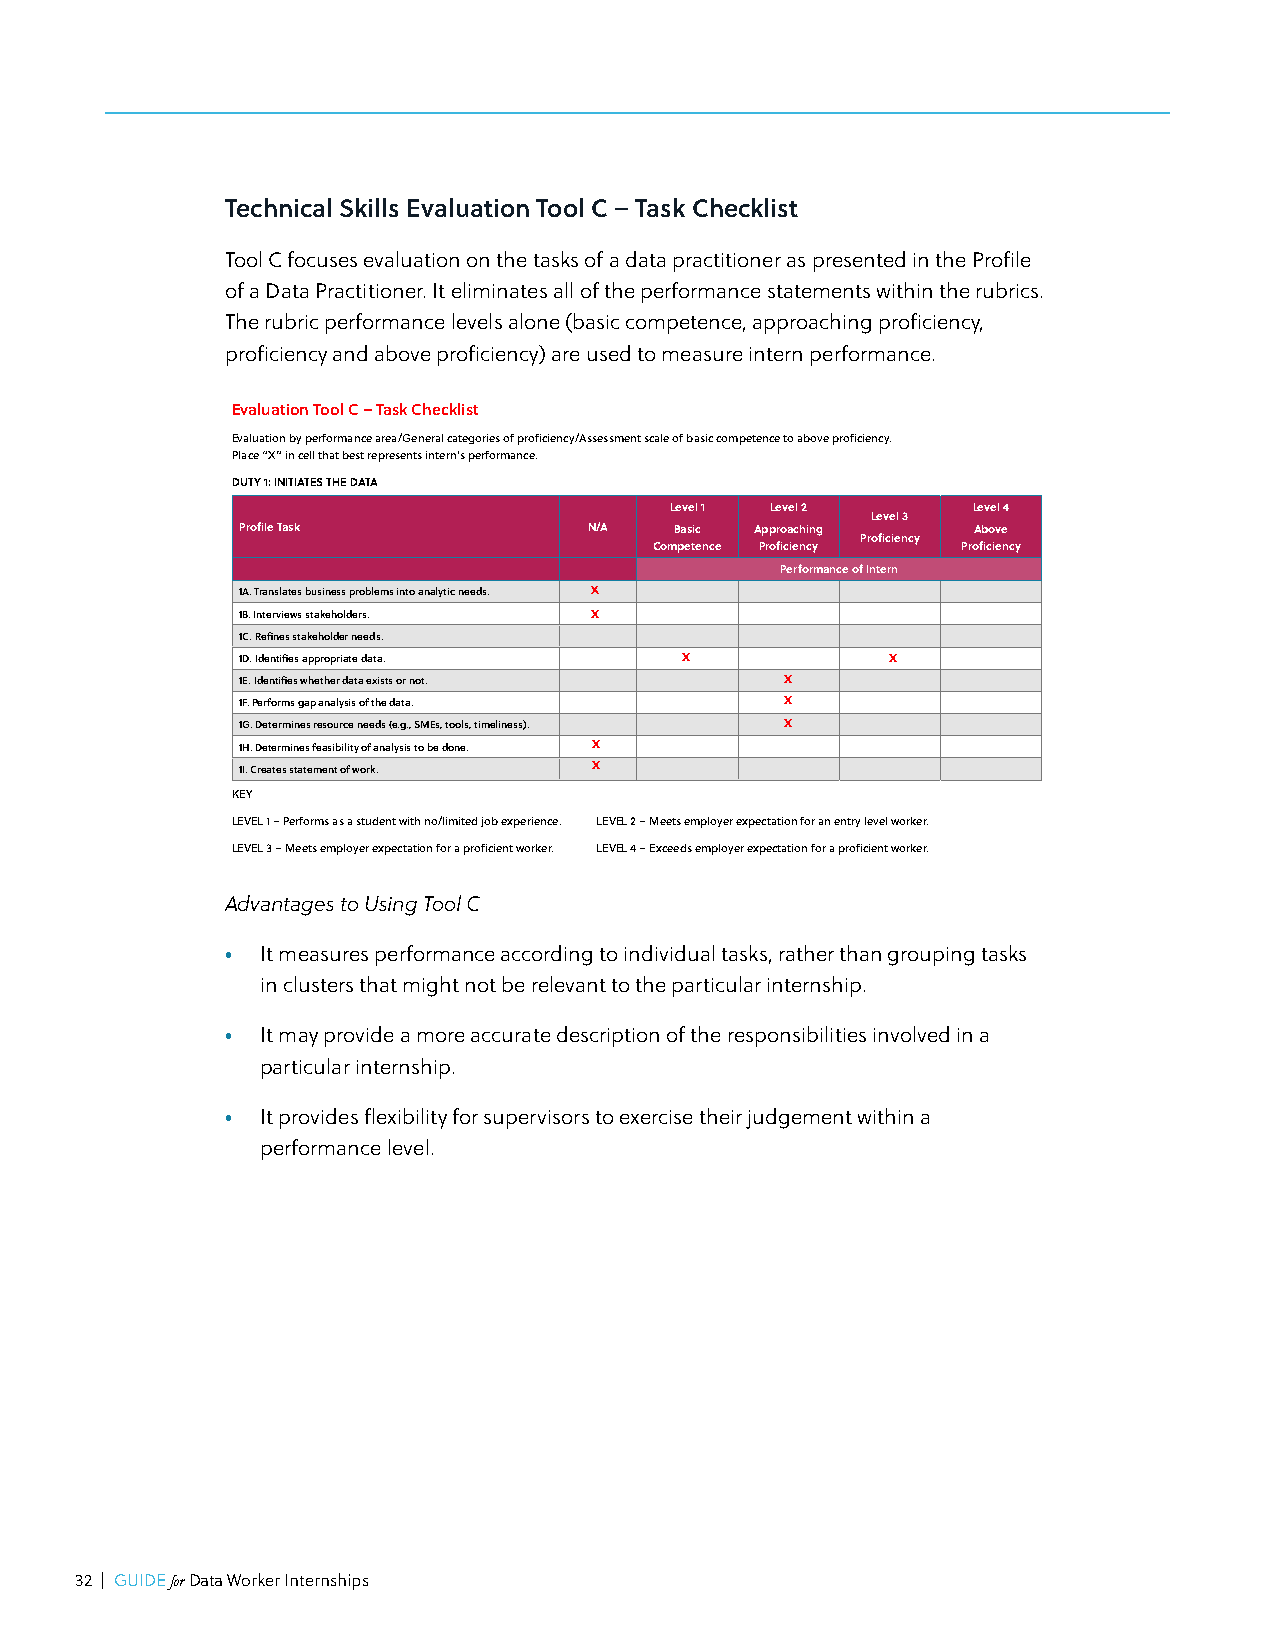
Technical Skills Evaluation Tool C – Task Checklist
 Tool C focuses evaluation on the tasks of a data practitioner as presented in the Profile
 of a Data Practitioner. It eliminates all of the performance statements within the rubrics.
 The rubric performance levels alone (basic competence, approaching proficiency,
 proficiency and above proficiency) are used to measure intern performance.
 Evaluation Tool C – Task Checklist
 Evaluation by performance area/General categories of proficiency/Assessment scale of basic competence to above proficiency.
 Place “X” in cell that best represents intern’s performance.
 DUTY 1: INITIATES THE DATA
 Level 1 Level 2     Level 4
 Level 3
 Profile Task           N/A   Basic Approaching  Above
 Proficiency
 Competence Proficiency Proficiency
 Performance of Intern
 1A. Translates business problems into analytic needs. X
 1B. Interviews stakeholders. X
 1C. Refines stakeholder needs.
 1D. Identifies appropriate data. X         X
 1E. Identifies whether data exists or not. X
 1F. Performs gap analysis of the data. X
 1G. Determines resource needs (e.g., SMEs, tools, timeliness). X
 1H. Determines feasibility of analysis to be done. X
 1I. Creates statement of work. X
 KEY
 LEVEL 1 – Performs as a student with no/limited job experience. LEVEL 2 – Meets employer expectation for an entry level worker.
 LEVEL 3 – Meets employer expectation for a proficient worker. LEVEL 4 – Exceeds employer expectation for a proficient worker.
 Advantages to Using Tool C
 • It measures performance according to individual tasks, rather than grouping tasks
 in clusters that might not be relevant to the particular internship.
 • It may provide a more accurate description of the responsibilities inGUvIDoE lfovr Deatad W oirkner Inate rnships | 53
 particular internship.
 • It provides flexibility for supervisors to exercise their judgement within a
 performance level.
 32 | GUIDE for Data Worker Internships